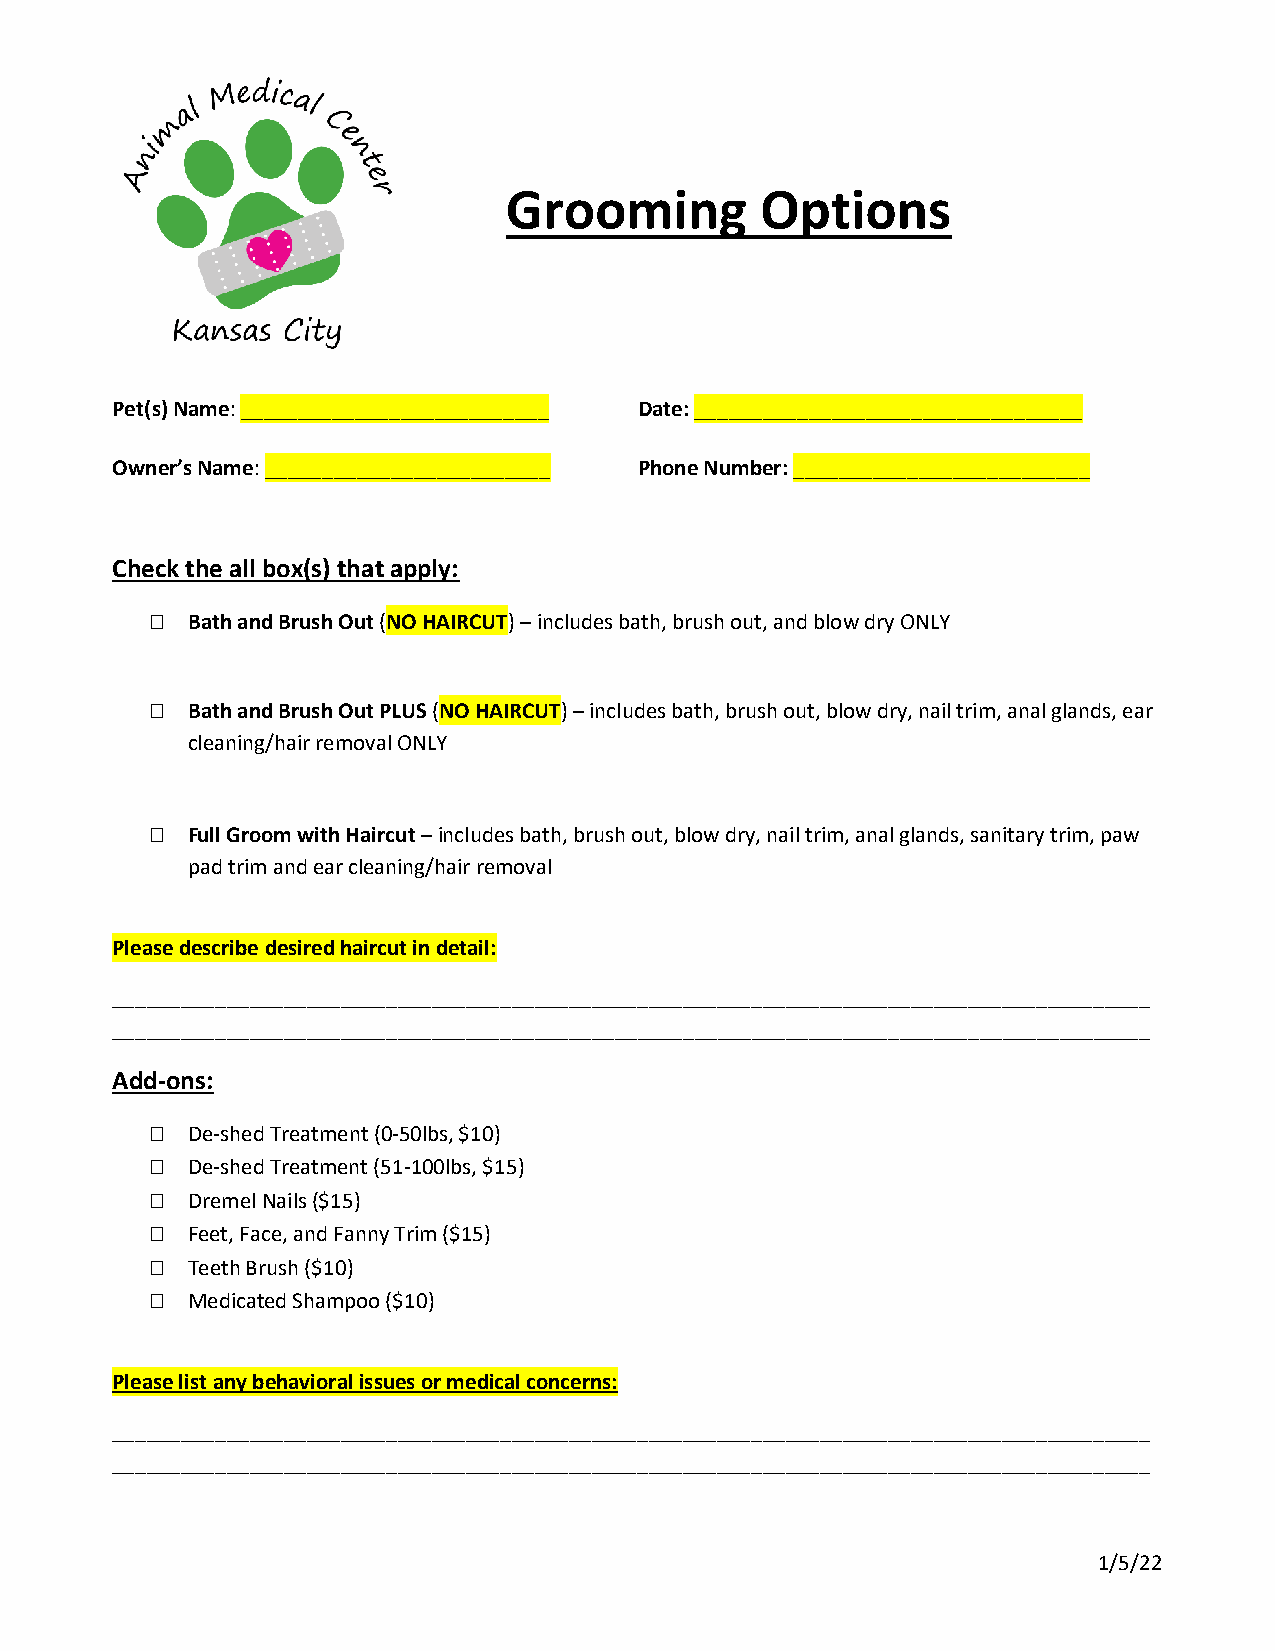
Grooming         Options
 Pet(s) Name: ___________________________ Date: __________________________________
 Owner’s Name: _________________________ Phone Number: __________________________
 Check the all box(s) that apply:
  Bath and Brush Out (NO HAIRCUT) – includes bath, brush out, and blow dry ONLY
  Bath and Brush Out PLUS (NO HAIRCUT) – includes bath, brush out, blow dry, nail trim, anal glands, ear
 cleaning/hair removal ONLY
  Full Groom with Haircut – includes bath, brush out, blow dry, nail trim, anal glands, sanitary trim, paw
 pad trim and ear cleaning/hair removal
 Please describe desired haircut in detail:
 ___________________________________________________________________________________________
 ___________________________________________________________________________________________
 Add-ons:
  De-shed Treatment (0-50lbs, $10)
  De-shed Treatment (51-100lbs, $15)
  Dremel Nails ($15)
  Feet, Face, and Fanny Trim ($15)
  Teeth Brush ($10)
  Medicated Shampoo ($10)
 Please list any behavioral issues or medical concerns:
 ___________________________________________________________________________________________
 ___________________________________________________________________________________________
 1/5/22